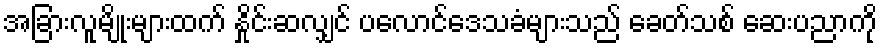
အခြားလူမျိုးများထက် နှိုင်းဆလျှင် ပလောင်ဒေသခံများသည် ခေတ်သစ် ဆေးပညာကို